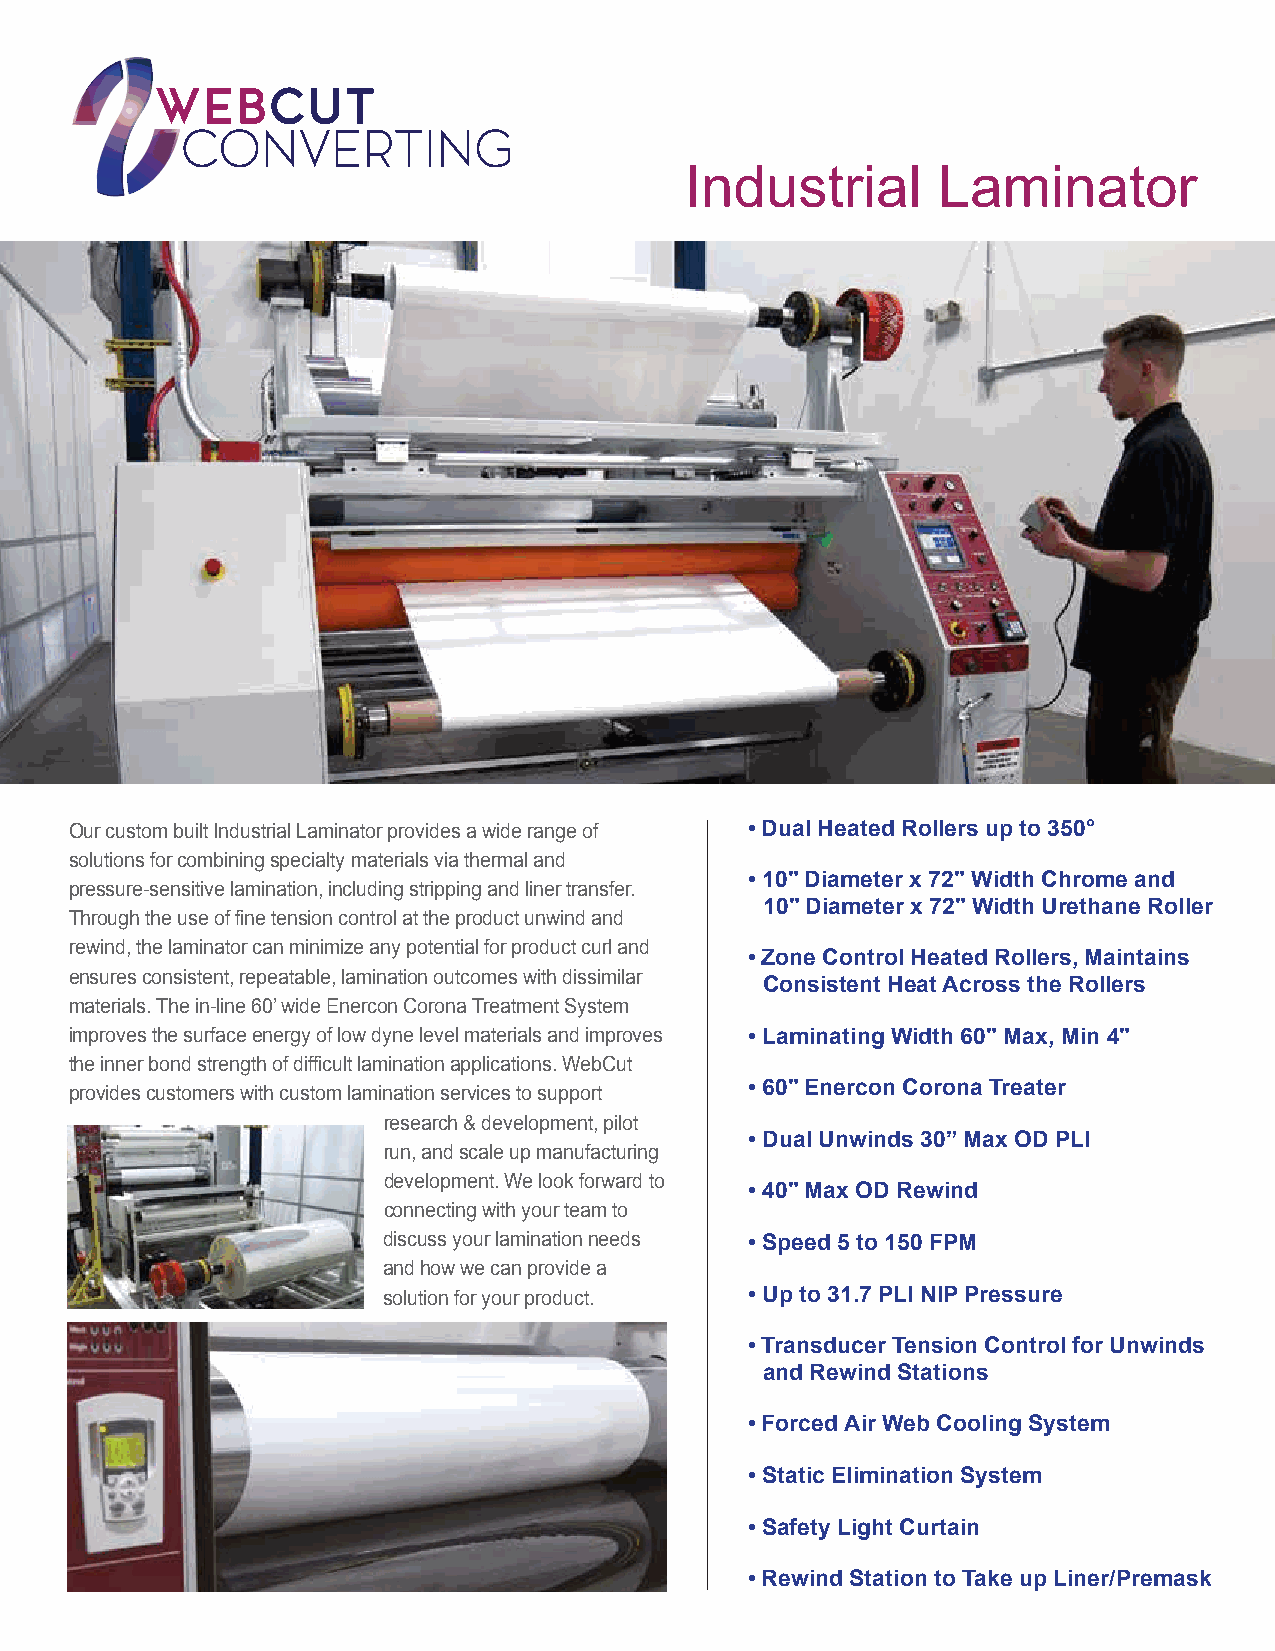
Industrial       Laminator
 CCllaassss 11,,000000 // 1100,,000000 CClleeaann RRoooomm
 Our custom built Industrial Laminator provides a wide range of • Dual Heated Rollers up to 350°
 solutions for combining specialty materials via thermal and
 • 10" Diameter x 72" Width Chrome and
 pressure-sensitive lamination, including stripping and liner transfer.
 10" Diameter x 72" Width Urethane Roller
 Through the use of fine tension control at the product unwind and
 rewind, the laminator can minimize any potential for product curl and
 • Zone Control Heated Rollers, Maintains
 ensures consistent, repeatable, lamination outcomes with dissimilar
 Consistent Heat Across the Rollers
 materials. The in-line 60’ wide Enercon Corona Treatment System
 improves the surface energy of low dyne level materials and improves • Laminating Width 60" Max, Min 4"
 the inner bond strength of difficult lamination applications. WebCut
 provides customers with custom lamination services to support • 60" Enercon Corona Treater
 research & development, pilot
 • Dual Unwinds 30” Max OD PLI
 run, and scale up manufacturing
 development. We look forward to
 • 40" Max OD Rewind
 connecting with your team to
 discuss your lamination needs • Speed 5 to 150 FPM
 and how we can provide a
 solution for your product. • Up to 31.7 PLI NIP Pressure
 • Transducer Tension Control for Unwinds
 and Rewind Stations
 • Forced Air Web Cooling System
 • Static Elimination System
 • Safety Light Curtain
 • Rewind Station to Take up Liner/Premask